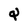
Character: Q